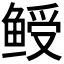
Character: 𬶙